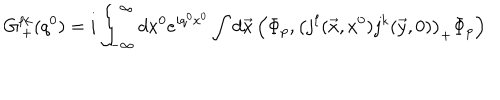
G _ { \, + } ^ { \ell k } ( q ^ { 0 } ) = i \int _ { - \infty } ^ { \infty } d x ^ { 0 } e ^ { i q ^ { 0 } x ^ { 0 } } \int d \vec { x } \left( \Phi _ { p } , \left( j ^ { \ell } ( \vec { x } , x ^ { 0 } ) j ^ { k } ( \vec { y } , 0 ) \right) _ { + } \Phi _ { p } \right)